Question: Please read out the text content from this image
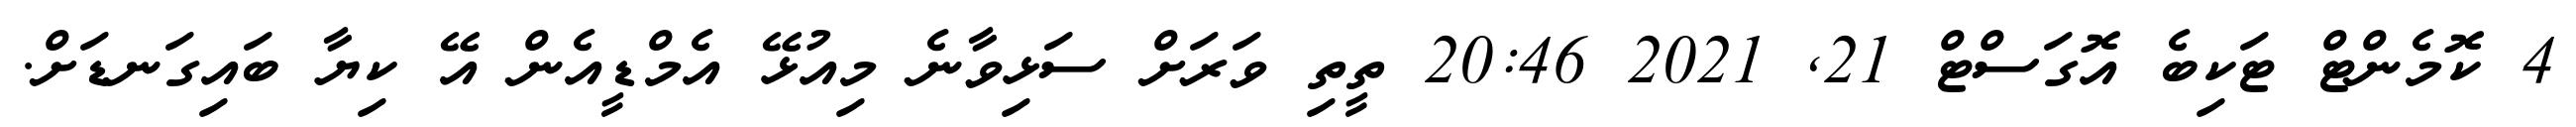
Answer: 4 ކޮމެންޓް ޓަކިބެ އޮގަސްޓް 21, 2021 20:46 ތީތި ވަރަށް ސަޅިވާނެ މިއުޅޭ އެމްޑީއެން އޭ ކިޔާ ބައިގަނޑަށް.